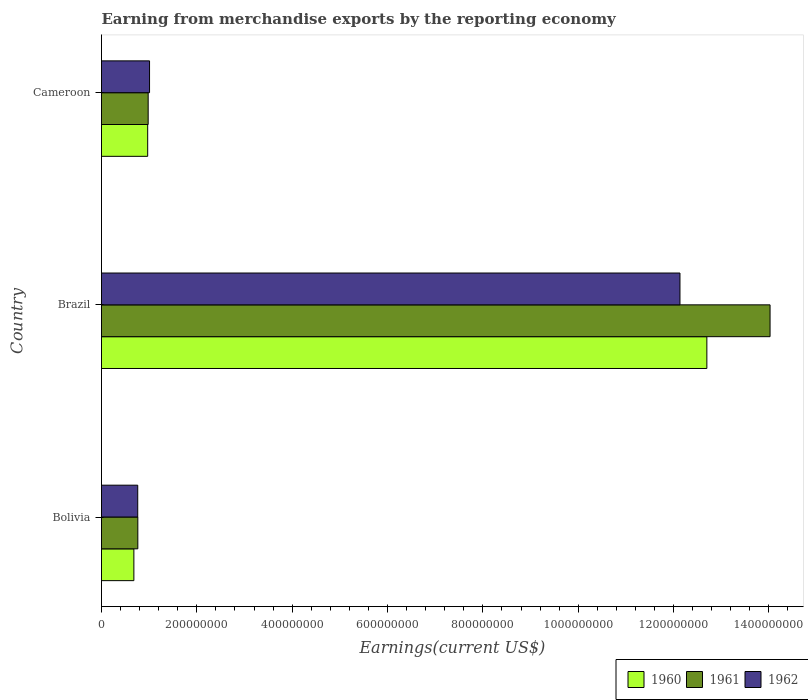
| Country | 1960 | 1961 | 1962 |
 | --- | --- | --- | --- |
 | Bolivia | 6.79e+07 | 7.62e+07 | 7.6e+07 |
 | Brazil | 1.27e+09 | 1.4e+09 | 1.21e+09 |
 | Cameroon | 9.69e+07 | 9.79e+07 | 1.01e+08 |